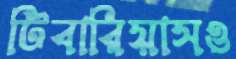
টিবারিয়াসও